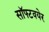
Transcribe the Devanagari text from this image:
सॉफ्टवयेर